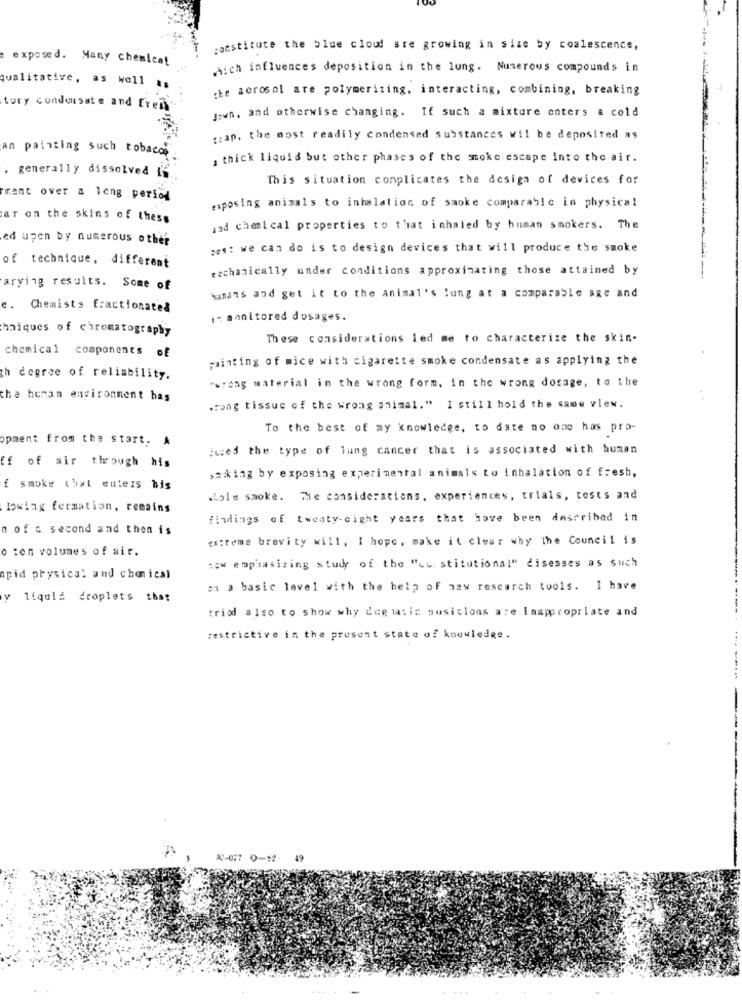
constitute the blue cloud are growing in size by coalescence,
exposed. Many chemicat
which influences deposition in the lung. Numerous compounds in
qualitative, as well as
the aerosol are polymeriting, interacting, combining, breaking
tory condensate and Ereis
Jewn, and otherwise changing. If such a mixture enters a cold
grap. the most readily condensed substances wil be deposited as
an painting such tobacco
, thick liquid but other phases of the moke escape into the air.
, generally dissolved 1%
This situation complicates the design of devices for
ment over a long period
exposing animals to inhalation of smoke comparable in physical
ar on the skins of thess
and chemical properties to that inhaled by human smokers. The
ed upon by numerous other
zes: we can do is to design devices that will produce the smoke
of technique, different
mechanically under conditions approxinating those attained by
arying results. Some of
humans and get it to the animal's lung at a comparable age and
e.
Chemists fractionated
i- monitored dosages.
haiques of chromatography
These considerations led me to characterize the skin-
chemical components of
painting of mice with cigarette smoke condensate as applying the
th degree of reliability.
-wrong material in the wrong form, in the wrong dosage, to the
the human environment has
wrong tissue of the wrong animal." I still hold the same view.
To the best of my knowledge, to date no one has pro-
opment from the start, A
iused the type of lung cancer that is associated with human
Ef of air through his
>aking by exposing experimental animals to inhalation of fresh,
f smoke that enters his
wiele smoke. The considerations, experiences, trials, tests and
lowiag formation, remains
findings of twenty-eight years that have been described in
n of a second and then is
extreme brevity will, I hope, make it clear why The Council is
o ton volumes of air.
now emphasizing study of the "uu stitutional" diseases as such
pid physical and chanical
on a basic level with the help of new research tools. I have
y liquid droplets that
tried also to show why doe satis positions are Inappropriate and
restrictive in the present state of knowledge.
A1-0:7 0-12-
19